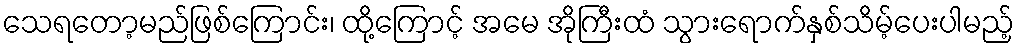
သေရတော့မည်ဖြစ်ကြောင်း၊ ထို့ကြောင့် အမေ အိုကြီးထံ သွားရောက်နှစ်သိမ့်ပေးပါမည့်